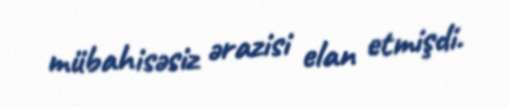
mübahisəsiz ərazisi elan etmişdi.